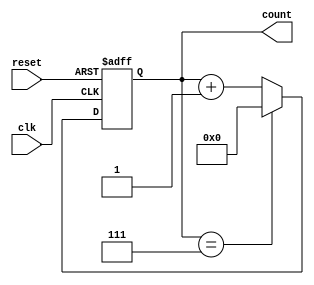
module mod_n_counter #(parameter N = 8) (
    input wire clk,          // Clock input
    input wire reset,        // Asynchronous reset input
    output reg [N-1:0] count // Counter output
);

// Calculate the number of bits required for the counter
localparam WIDTH = $clog2(N);

// Asynchronous reset and counting logic
always @(posedge clk or posedge reset) begin
    if (reset) begin
        count <= 0; // Reset the counter to 0
    end else begin
        if (count == N-1) begin
            count <= 0; // Wrap around to 0
        end else begin
            count <= count + 1; // Increment the counter
        end
    end
end

endmodule